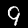
Digit: 9